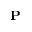
\mathbf { P }